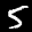
Label: 5